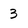
Character: 3